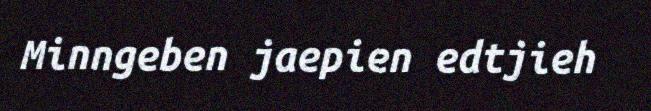
Minngeben jaepien edtjieh